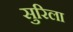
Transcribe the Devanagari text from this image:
सुरिला